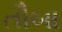
તૌબા